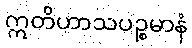
ဣတိဟာသပဉ္စမာနံ